Scottish Leaving Certificate Examination, 1955
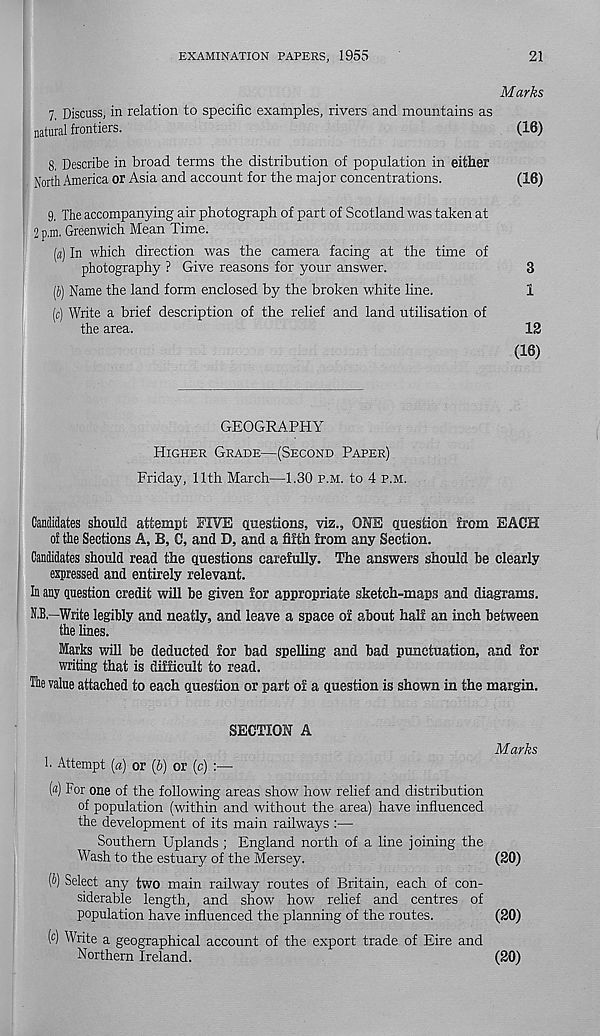
EXAMINATION PAPERS, 1955
21
Marks
7. Discuss, in relation to specific examples, rivers and mountains as
natural frontiers.
(16)
8. Describe in broad terms the distribution of population in either
North America or Asia and account for the maj or concentrations.
(16)
9. The accompanying air photograph of part of Scotland was taken at
2 p.m. Greenwich Mean Time.
(«) In which direction was the camera facing at the time of
photography ? Give reasons for your answer.
3
(i) Name the land form enclosed by the broken white line.
1
(c) Write a brief description of the relief and land utilisation of
the area.
12
(16)
GEOGRAPHY
HIGHER GRADE—(SECOND PAPER)
Friday, 11th March—1.30 P.M. to 4 P.M.
Candidates should attempt FIVE questions, viz., ONE question from EACH
of the Sections A, B, C, and D, and a fifth from any Section.
Candidates should read the questions carefully. The answers should be clearly
expressed and entirely relevant.
In any question credit will be given for appropriate sketch-maps and diagrams.
N.B.—Write legibly and neatly, and leave a space of about half an inch between
the lines.
Marks will be deducted for bad spelling and bad punctuation, and for
writing that is difficult to read.
The value attached to each question or part of a question is shown in the margin.
SECTION A
1. Attempt (a) or {b) or (c) :—
(a) For one of the following areas show how relief and distribution
of population (within and without the area) have influenced
the development of its main railways :—
Southern Uplands ; England north of a line joining the
Wash to the estuary of the Mersey.
(b) Select any two main railway routes of Britain, each of con-
siderable length, and show how relief and centres of
population have influenced the planning of the routes.
(c) Write a geographical account of the export trade of Eire and
Northern Ireland.
Marks
(20)
(20)
(20)